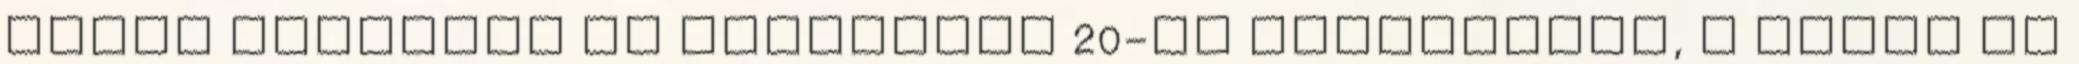
részt vennének az augusztus 20-ai ünnepségen, a Mária Út